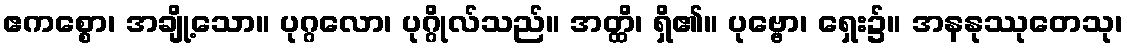
ဧကစ္စော၊ အချို့သော။ ပုဂ္ဂလော၊ ပုဂ္ဂိုလ်သည်။ အတ္ထိ၊ ရှိ၏။ ပုဗ္ဗော၊ ရှေး၌။ အနနုဿုတေသု၊